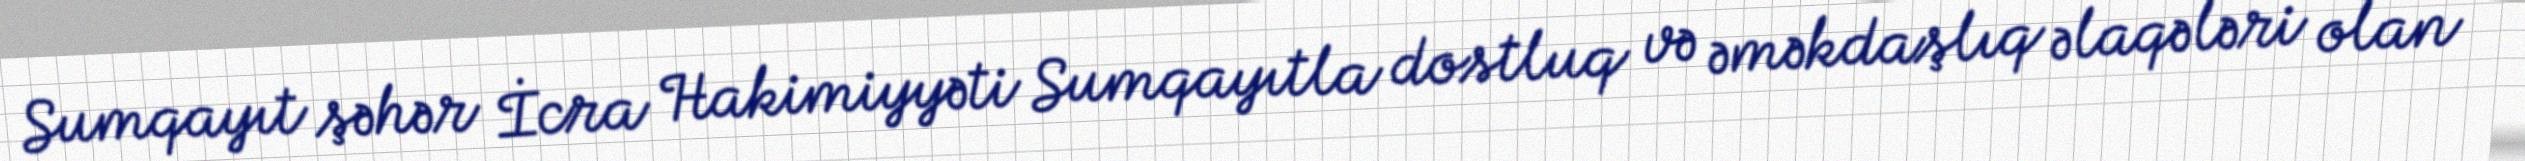
Sumqayıt şəhər İcra Hakimiyyəti Sumqayıtla dostluq və əməkdaşlıq əlaqələri olan